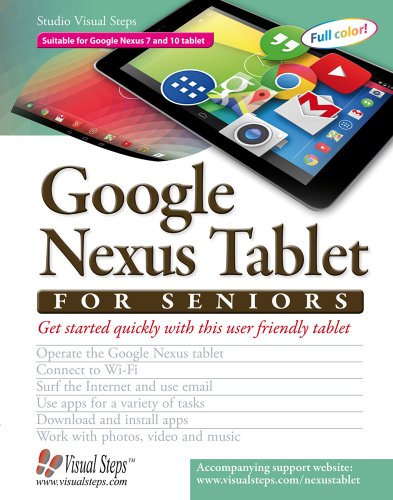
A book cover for Google Nexus Tablet for Seniors: Get Started Quickly with This User Friendly Tablet (Computer Books for Seniors series); Studio Visual Steps; Computers & Technology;